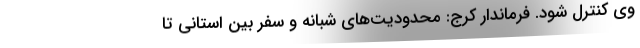
وی کنترل شود. فرماندار کرج: محدودیت‌های شبانه و سفر بین استانی تا